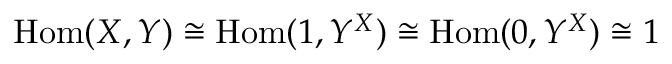
\mathrm { H o m } ( X , Y ) \cong \mathrm { H o m } ( 1 , Y ^ { X } ) \cong \mathrm { H o m } ( 0 , Y ^ { X } ) \cong 1